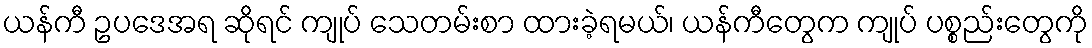
ယန်ကီ ဥပဒေအရ ဆိုရင် ကျုပ် သေတမ်းစာ ထားခဲ့ရမယ်၊ ယန်ကီတွေက ကျုပ် ပစ္စည်းတွေကို